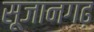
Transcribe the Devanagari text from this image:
सूजानगढ़